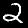
Digit: 2